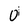
Character: 0